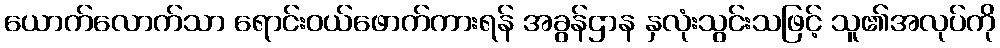
ယောက်လောက်သာ ရောင်းဝယ်ဖောက်ကားရန် အခွန်ဌာန နှလုံးသွင်းသဖြင့် သူ၏အလုပ်ကို